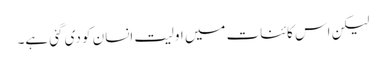
لیکن اس کائنات میں اولیت انسان کو دی گئی ہے۔